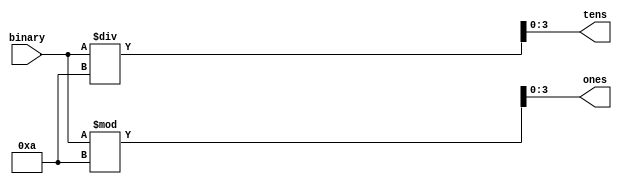
module Binary2BCD1(
    input [5:0] binary,
	output reg [3:0] tens,
	output reg [3:0] ones
	);
	
  reg [5:0] bcd_data = 0;
	
	always @(binary)
	begin
		bcd_data = binary;
		tens = bcd_data/10;
		ones = bcd_data%10;
		
	end
endmodule